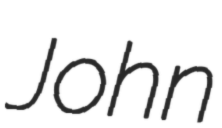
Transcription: John